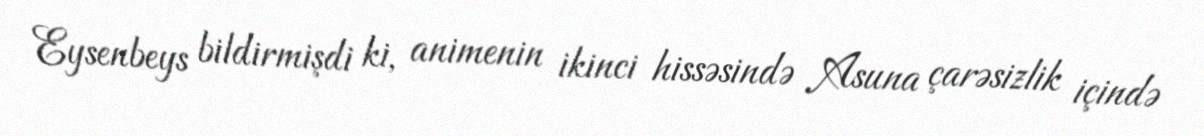
Eysenbeys bildirmişdi ki, animenin ikinci hissəsində Asuna çarəsizlik içində